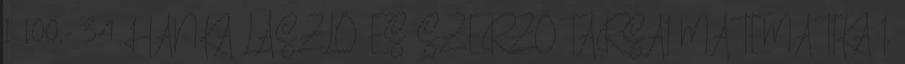
1 100,- 34 HANKA LÁSZLÓ ÉS SZERZŐTÁRSAI MATEMATIKA I.